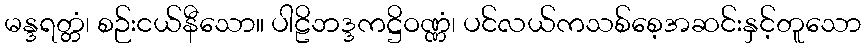
မန္ဒရတ္တံ၊ စဉ်းငယ်နီသော။ ပါဠိဘဒ္ဒကဋ္ဌိဝဏ္ဏံ၊ ပင်လယ်ကသစ်စေ့အဆင်းနှင့်တူသော